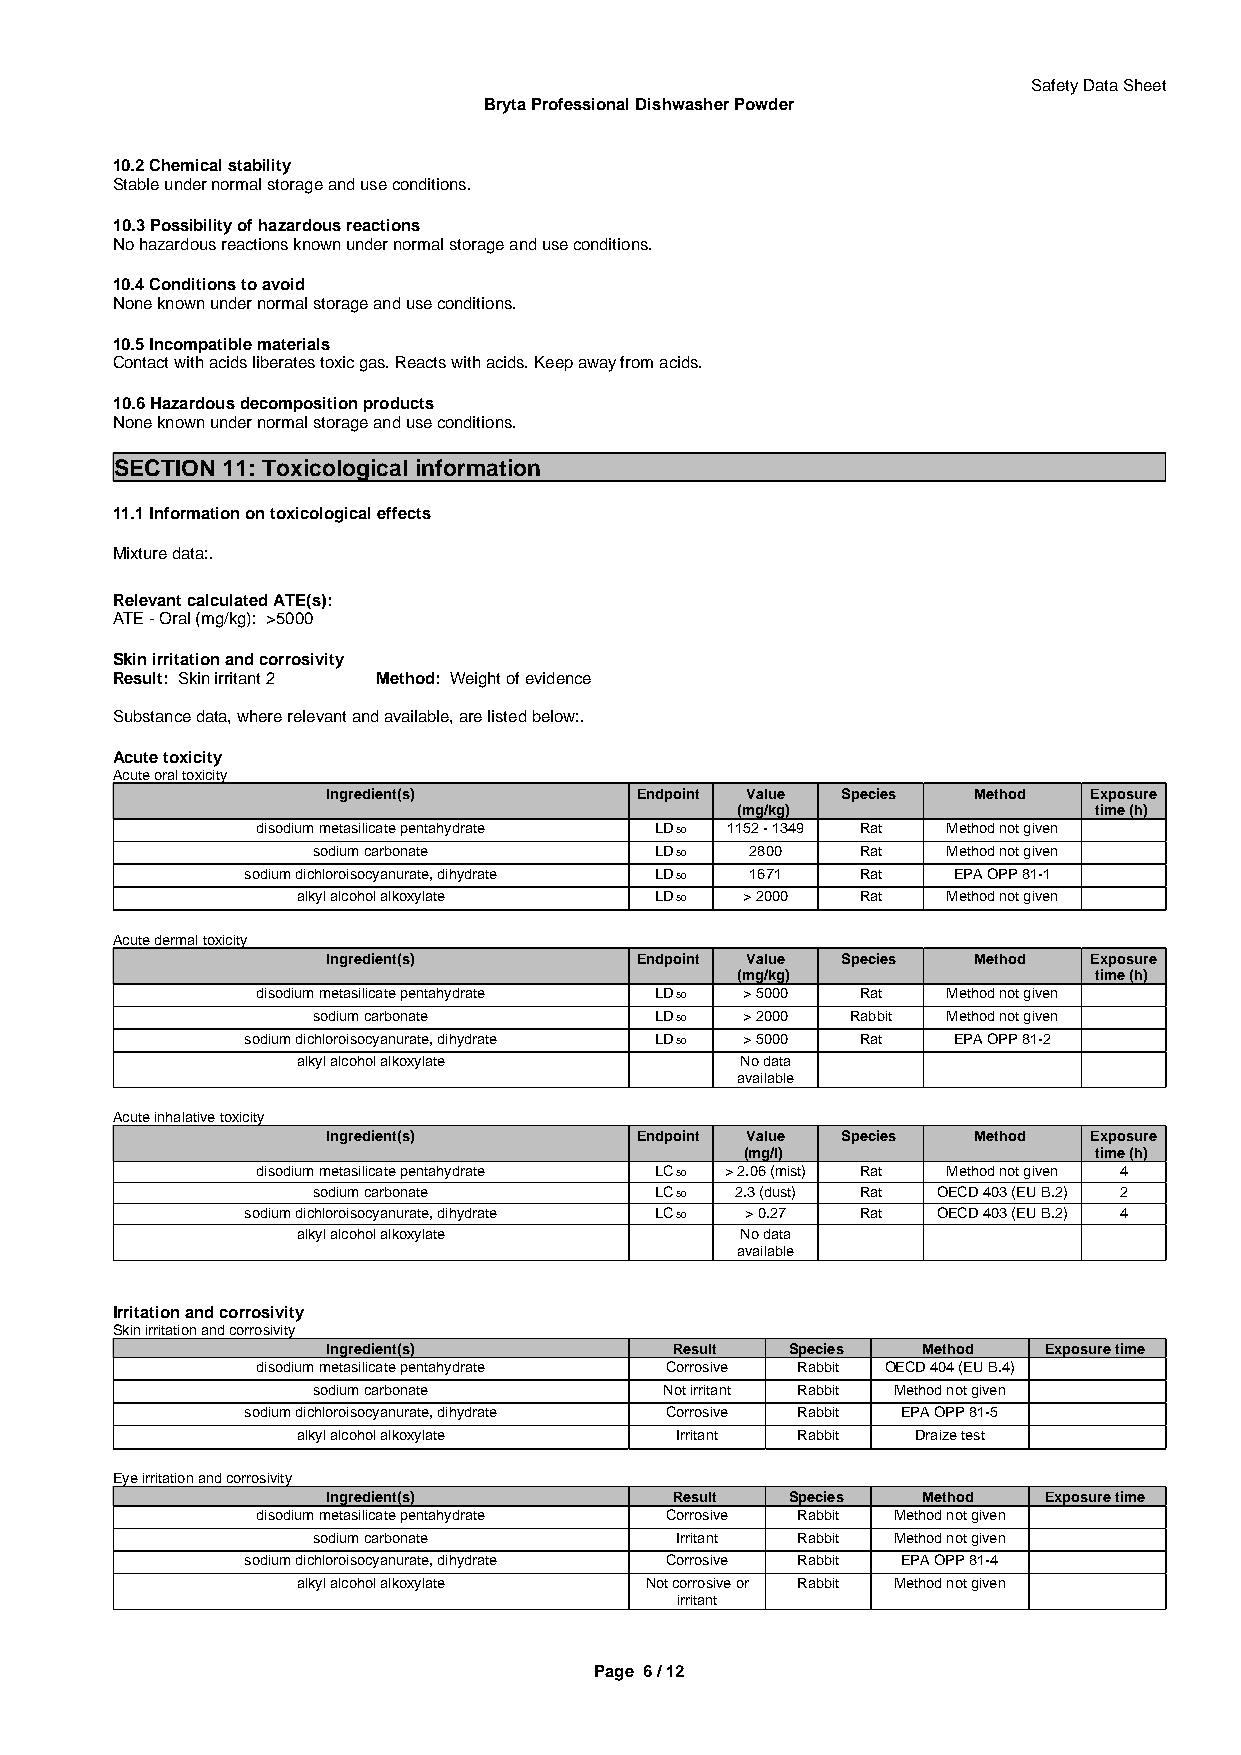
Safety Data Sheet
 Bryta Professional Dishwasher Powder
 10.2 Chemical stability
 Stable under normal storage and use conditions.
 10.3 Possibility of hazardous reactions
 No hazardous reactions known under normal storage and use conditions.
 10.4 Conditions to avoid
 None known under normal storage and use conditions.
 10.5 Incompatible materials
 Contact with acids liberates toxic gas. Reacts with acids. Keep away from acids.
 10.6 Hazardous decomposition products
 None known under normal storage and use conditions.
 SECTION 11: Toxicological information
 11.1 Information on toxicological effects
 Mixture data:.
 Relevant calculated ATE(s):
 ATE - Oral (mg/kg): >5000
 Skin irritation and corrosivity
 Result: Skin irritant 2 Method: Weight of evidence
 Substance data, where relevant and available, are listed below:.
 Acute toxicity
 Acute oral toxicity
 Ingredient(s)       Endpoint Value Species Method Exposure
 (mg/kg)                time (h)
 disodium metasilicate pentahydrate LD 50 1152 - 1349 Rat Method not given
 sodium carbonate      LD 50  2800   Rat   Method not given
 sodium dichloroisocyanurate, dihydrate LD 50 1671 Rat EPA OPP 81-1
 alkyl alcohol alkoxylate LD 50 > 2000 Rat  Method not given
 Acute dermal toxicity
 Ingredient(s)       Endpoint Value Species Method Exposure
 (mg/kg)                time (h)
 disodium metasilicate pentahydrate LD 50 > 5000 Rat Method not given
 sodium carbonate      LD 50 > 2000 Rabbit Method not given
 sodium dichloroisocyanurate, dihydrate LD 50 > 5000 Rat EPA OPP 81-2
 alkyl alcohol alkoxylate     No data
 available
 Acute inhalative toxicity
 Ingredient(s)       Endpoint Value Species Method Exposure
 (mg/l)                 time (h)
 disodium metasilicate pentahydrate LC 50 > 2.06 (mist) Rat Method not given 4
 sodium carbonate      LC 50 2.3 (dust) Rat OECD 403 (EU B.2) 2
 sodium dichloroisocyanurate, dihydrate LC 50 > 0.27 Rat OECD 403 (EU B.2) 4
 alkyl alcohol alkoxylate     No data
 available
 Irritation and corrosivity
 Skin irritation and corrosivity
 Ingredient(s)          Result Species  Method  Exposure time
 disodium metasilicate pentahydrate Corrosive Rabbit OECD 404 (EU B.4)
 sodium carbonate       Not irritant Rabbit Method not given
 sodium dichloroisocyanurate, dihydrate Corrosive Rabbit EPA OPP 81-5
 alkyl alcohol alkoxylate Irritant Rabbit Draize test
 Eye irritation and corrosivity
 Ingredient(s)          Result Species  Method  Exposure time
 disodium metasilicate pentahydrate Corrosive Rabbit Method not given
 sodium carbonate        Irritant Rabbit Method not given
 sodium dichloroisocyanurate, dihydrate Corrosive Rabbit EPA OPP 81-4
 alkyl alcohol alkoxylate Not corrosive or Rabbit Method not given
 irritant
 Page 6 / 12